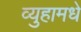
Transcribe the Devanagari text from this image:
व्युहामधे